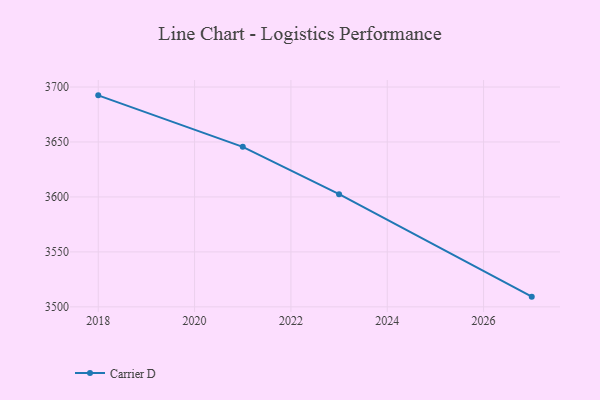
{"axis": {"x": "Year", "y": "Waste Production (Tons)"}, "legend": ["Carrier D"], "data": [{"x": "2027", "y": 3509.3, "type": "Carrier D"}, {"x": "2023", "y": 3602.5, "type": "Carrier D"}, {"x": "2021", "y": 3645.6, "type": "Carrier D"}, {"x": "2018", "y": 3692.4, "type": "Carrier D"}]}